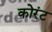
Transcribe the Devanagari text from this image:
कोरंट